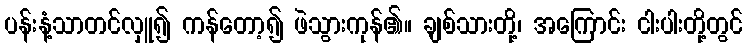
ပန်းနံ့သာတင်လှူ၍ ကန်တော့၍ ဖဲသွားကုန်၏။ ချစ်သားတို့၊ အကြောင်း ငါးပါးတို့တွင်